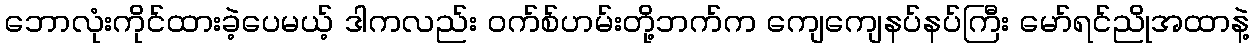
ဘောလုံးကိုင်ထားခဲ့ပေမယ့် ဒါကလည်း ဝက်စ်ဟမ်းတို့ဘက်က ကျေကျေနပ်နပ်ကြီး မော်ရင်ညိုအထာနဲ့